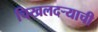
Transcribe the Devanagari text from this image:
चिखलदर्‍याची